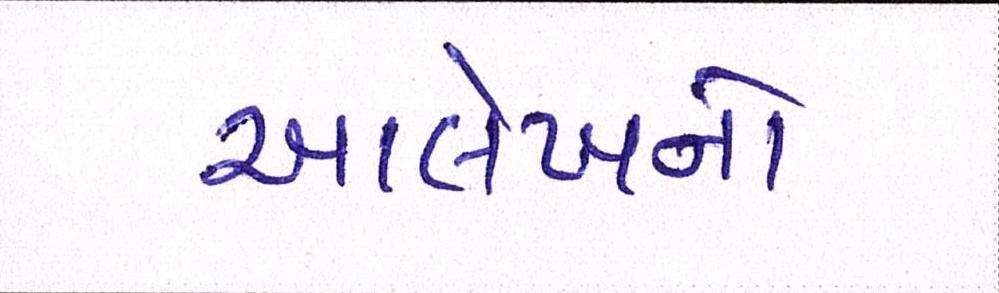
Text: આલેખનો